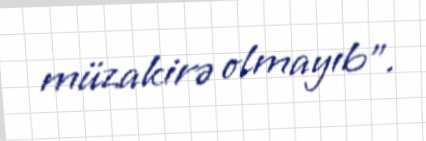
müzakirə olmayıb”.